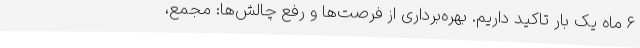
6 ماه یک بار تاکید داریم. بهره‌برداری از فرصت‌ها و رفع چالش‌ها: مجمع،